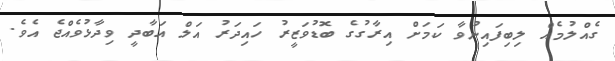
ގެއްލުމެއް ލިބިފައިނުވާ ކަމަށް އިރާގުގެ ބޮޑުވަޒީރު ހައިދަރު އަލް އަބާދީ ވިދާޅުވެއްޖެ އެވެ.